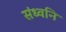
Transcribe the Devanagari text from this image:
संध्वनि